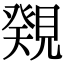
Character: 𧡫